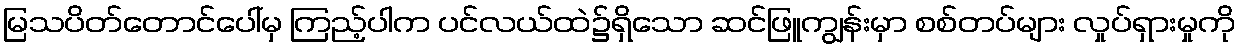
မြသပိတ်တောင်ပေါ်မှ ကြည့်ပါက ပင်လယ်ထဲ၌ရှိသော ဆင်ဖြူကျွန်းမှာ စစ်တပ်များ လှုပ်ရှားမှုကို